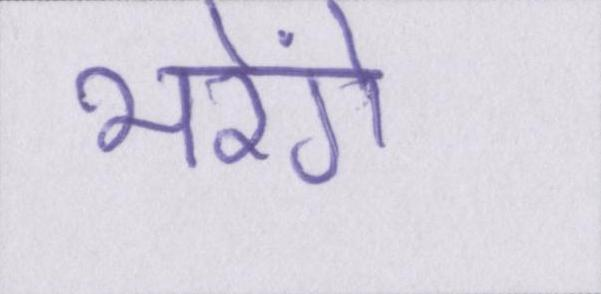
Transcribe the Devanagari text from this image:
भरेंगे